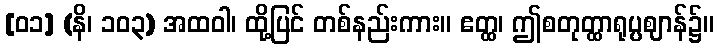
[၀၁] (နိ၊ ၁၀၃) အထဝါ၊ ထို့ပြင် တစ်နည်းကား။ ဧတ္ထ၊ ဤစတုတ္ထာရုပ္ပဈာန်၌။